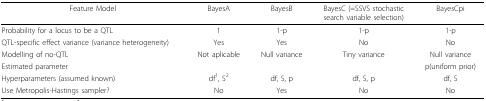
<table><thead><tr><td><b>Feature Model</b></td><td><b>BayesA</b></td><td><b>BayesB</b></td><td><b>BayesC (=SSVS stochasticsearch variable selection)</b></td><td><b>BayesCpi</b></td></tr></thead><tbody><tr><td>Probability for a locus to be a QTL</td><td>1</td><td>1-p</td><td>1-p</td><td>1-p</td></tr><tr><td>QTL-specific effect variance (variance heterogeneity)</td><td>Yes</td><td>Yes</td><td>No</td><td>No</td></tr><tr><td>Modelling of no-QTL</td><td>Not aplicable</td><td>Null variance</td><td>Tiny variance</td><td>Null variance</td></tr><tr><td>Estimated parameter</td><td></td><td></td><td></td><td>p(uniform prior)</td></tr><tr><td>Hyperparameters (assumed known)</td><td>df<sup>1</sup>, S<sup>2</sup></td><td>df, S, p</td><td>df, S, p</td><td>df, S</td></tr><tr><td>Use Metropolis-Hastings sampler?</td><td>No</td><td>Yes</td><td>No</td><td>No</td></tr></tbody></table>